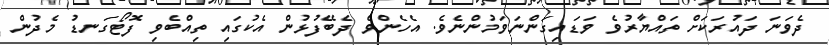
ދެވަނަ ދައުރަކަށް ތައްޔާރުވެ ވަޑައިގަންނަވަމުންނެވެ. އެހެންވެ ދެބޭފުޅުން އެކުގައި ތިއްބެވި ފޮޓޯގަނޑު މެދުން